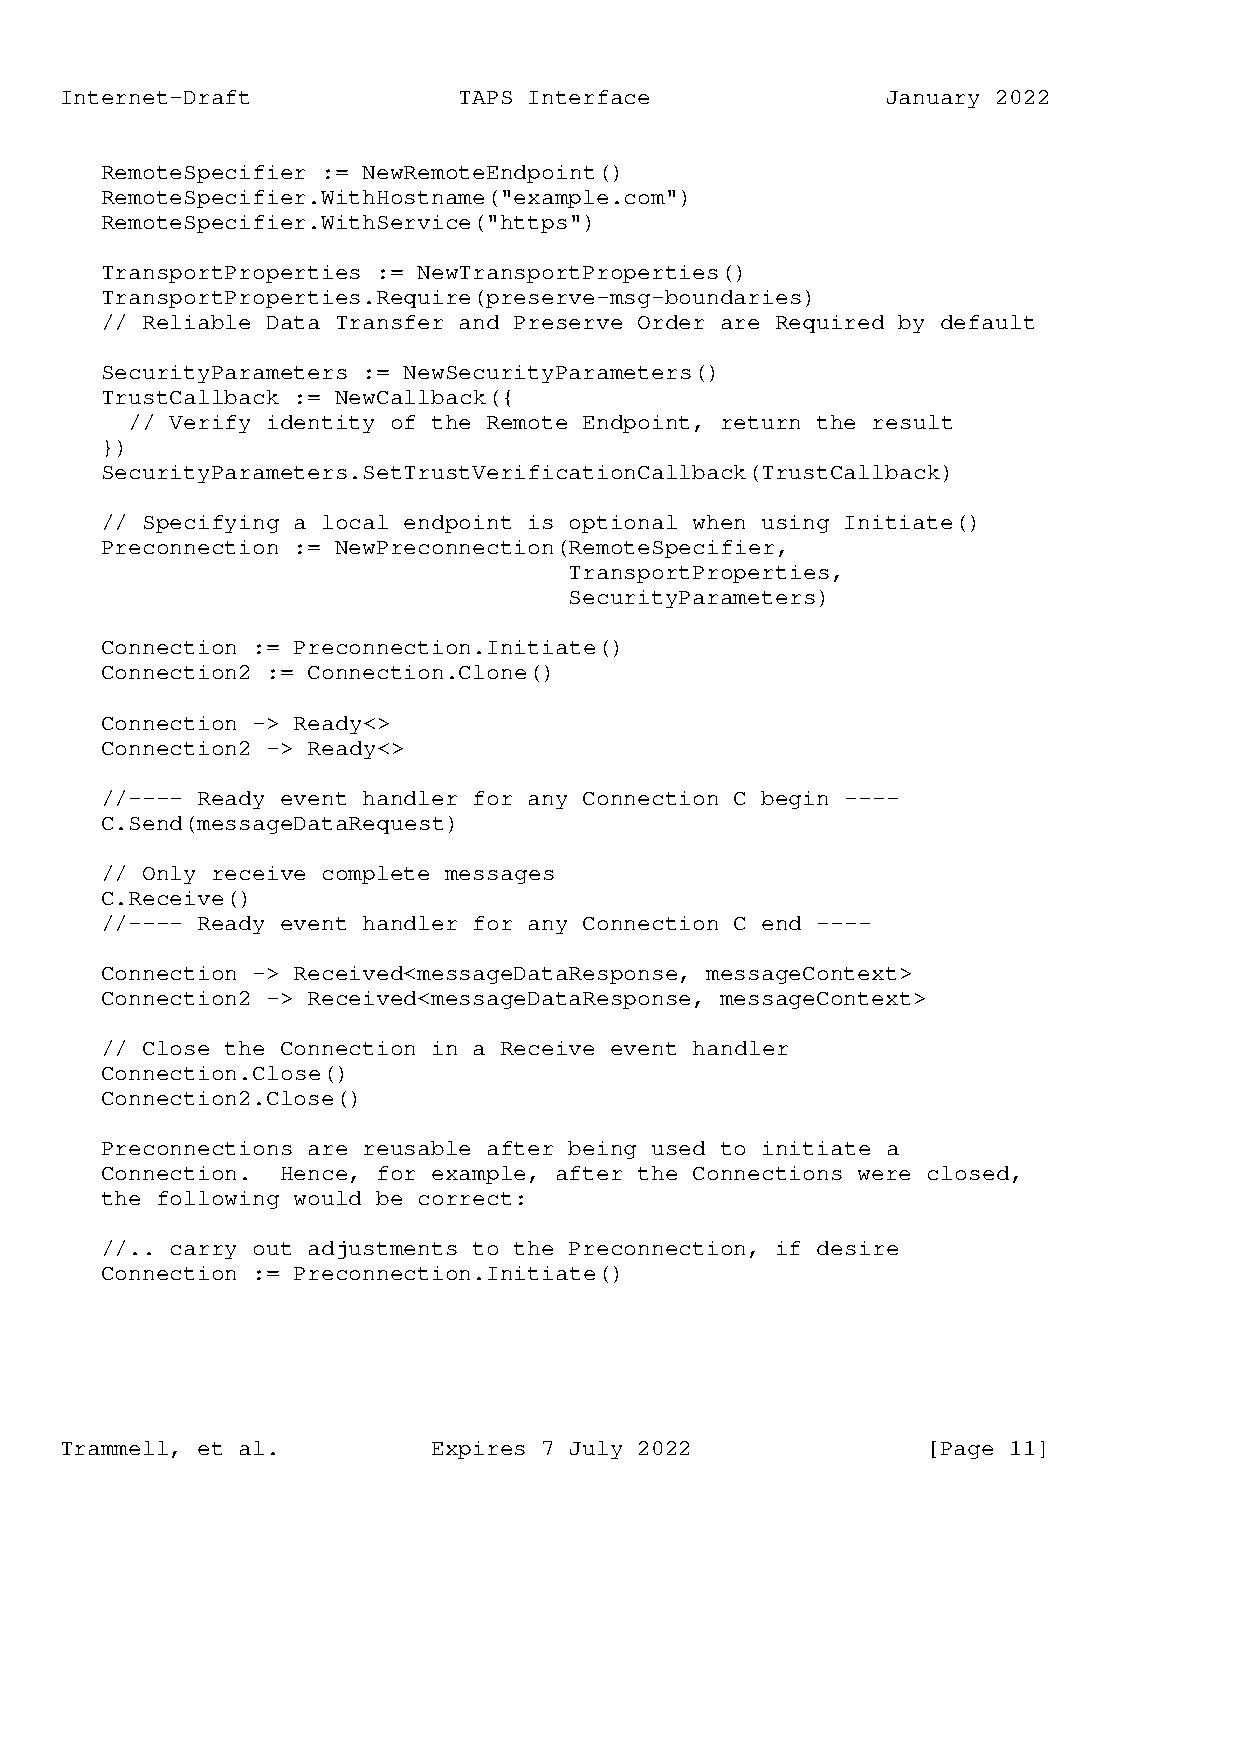
Internet-Draft            TAPS Interface               January 2022
 RemoteSpecifier := NewRemoteEndpoint()
 RemoteSpecifier.WithHostname("example.com")
 RemoteSpecifier.WithService("https")
 TransportProperties := NewTransportProperties()
 TransportProperties.Require(preserve-msg-boundaries)
 // Reliable Data Transfer and Preserve Order are Required by default
 SecurityParameters := NewSecurityParameters()
 TrustCallback := NewCallback({
 // Verify identity of the Remote Endpoint, return the result
 })
 SecurityParameters.SetTrustVerificationCallback(TrustCallback)
 // Specifying a local endpoint is optional when using Initiate()
 Preconnection := NewPreconnection(RemoteSpecifier,
 TransportProperties,
 SecurityParameters)
 Connection := Preconnection.Initiate()
 Connection2 := Connection.Clone()
 Connection -> Ready<>
 Connection2 -> Ready<>
 //---- Ready event handler for any Connection C begin ----
 C.Send(messageDataRequest)
 // Only receive complete messages
 C.Receive()
 //---- Ready event handler for any Connection C end ----
 Connection -> Received<messageDataResponse, messageContext>
 Connection2 -> Received<messageDataResponse, messageContext>
 // Close the Connection in a Receive event handler
 Connection.Close()
 Connection2.Close()
 Preconnections are reusable after being used to initiate a
 Connection. Hence, for example, after the Connections were closed,
 the following would be correct:
 //.. carry out adjustments to the Preconnection, if desire
 Connection := Preconnection.Initiate()
 Trammell, et al.         Expires 7 July 2022             [Page 11]